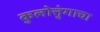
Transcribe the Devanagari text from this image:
कुलोत्तुंगाचा